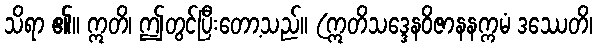
သိရာ ၏။ ဣတိ၊ ဤတွင်ပြီးတော့သည်။ (ဣတိသဒ္ဒေနဝိဇာနနက္ကမံ ဒဿေတိ၊